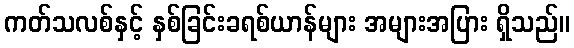
ကတ်သလစ်နှင့် နှစ်ခြင်းခရစ်ယာန်များ အများအပြား ရှိသည်။